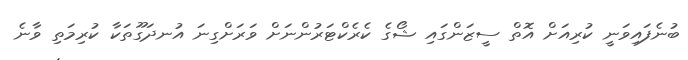
ބުނެފައިވަނީ ކުރިއަށް އޮތް ސީޒަންގައި ޝޯގެ ކެރެކްޓަރުންނަށް ވަރަށްގިނަ އުނދަގޫތަކާ ކުރިމަތި ވާނެ